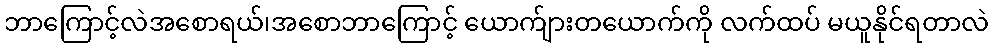
ဘာကြောင့်လဲအစောရယ်၊အစောဘာကြောင့် ယောက်ျားတယောက်ကို လက်ထပ် မယူနိုင်ရတာလဲ